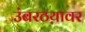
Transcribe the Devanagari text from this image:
उंबरठय़ावर